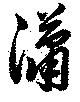
瀟